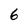
Character: 6